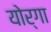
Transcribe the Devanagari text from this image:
योर्गा